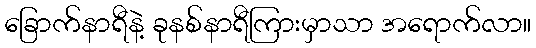
ခြောက်နာရီနဲ့ ခုနစ်နာရီကြားမှာသာ အရောက်လာ။